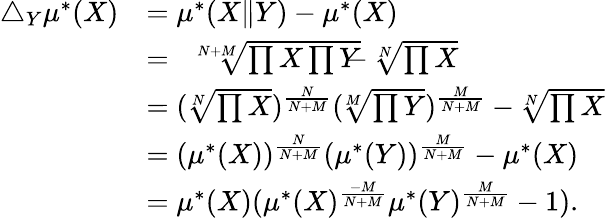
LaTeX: \begin{array}{rl}{\triangle_{Y}\mu^{*}(X)}&{=\mu^{*}(X\| Y)-\mu^{*}(X)}\\ &{=\sqrt[N+M]{\prod X\prod Y}-\sqrt[N]{\prod X}}\\ &{=(\sqrt[N]{\prod X})^{\frac{N}{N+M}}(\sqrt[M]{\prod Y})^{\frac{M}{N+M}}-\sqrt[N]{\prod X}}\\ &{=(\mu^{*}(X))^{\frac{N}{N+M}}(\mu^{*}(Y))^{\frac{M}{N+M}}-\mu^{*}(X)}\\ &{=\mu^{*}(X)(\mu^{*}(X)^{\frac{-M}{N+M}}\mu^{*}(Y)^{\frac{M}{N+M}}-1).}\end{array}